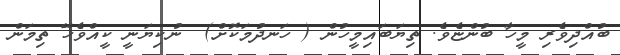
ބުއްދިވެރި މީހާ ބުންޏެވެ. ތިޔަބައިމީހުން ( ހަނދުމަކޮށް)  ނުކިޔަނީ ކީއްވެހޭ ތިމަން